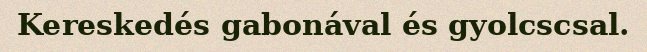
Kereskedés gabonával és gyolcscsal.